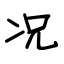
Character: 况